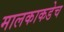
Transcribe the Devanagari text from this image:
मालकाकडेच